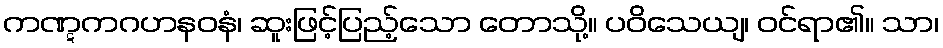
ကဏ္ဋကဂဟနဝနံ၊ ဆူးဖြင့်ပြည့်သော တောသို့။ ပဝိသေယျ၊ ဝင်ရာ၏။ သာ၊